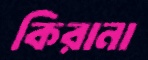
কিরানা